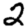
Digit: 2